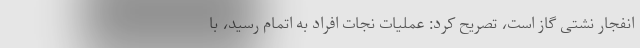
انفجار نشتی گاز است، تصریح کرد: عملیات نجات افراد به اتمام رسید، با